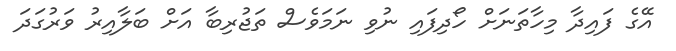
އޭގެ ފައިދާ މިހާތަނަށް ހޯދިފައި ނުވި ނަމަވެސް ތަޖުރިބާ އަށް ބަލާއިރު ވަރުގަދަ